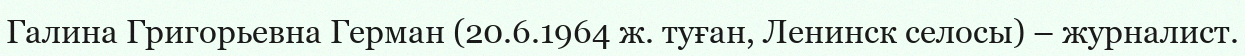
Галина Григорьевна Герман (20.6.1964 ж. туған, Ленинск селосы) – журналист.